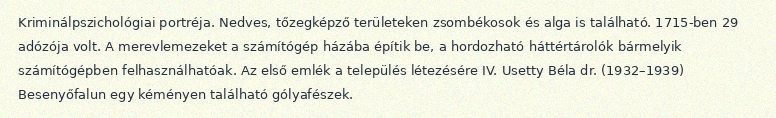
Kriminálpszichológiai portréja. Nedves, tőzegképző területeken zsombékosok és alga is található. 1715-ben 29 adózója volt. A merevlemezeket a számítógép házába építik be, a hordozható háttértárolók bármelyik számítógépben felhasználhatóak. Az első emlék a település létezésére IV. Usetty Béla dr. (1932–1939) Besenyőfalun egy kéményen található gólyafészek.